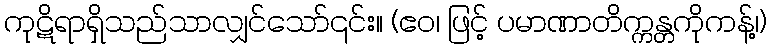
ကုဋိရာရှိသည်သာလျှင်သော်၎င်း။ (ဧဝ၊ ဖြင့် ပမာဏာတိက္ကန္တကိုကန့်၊)